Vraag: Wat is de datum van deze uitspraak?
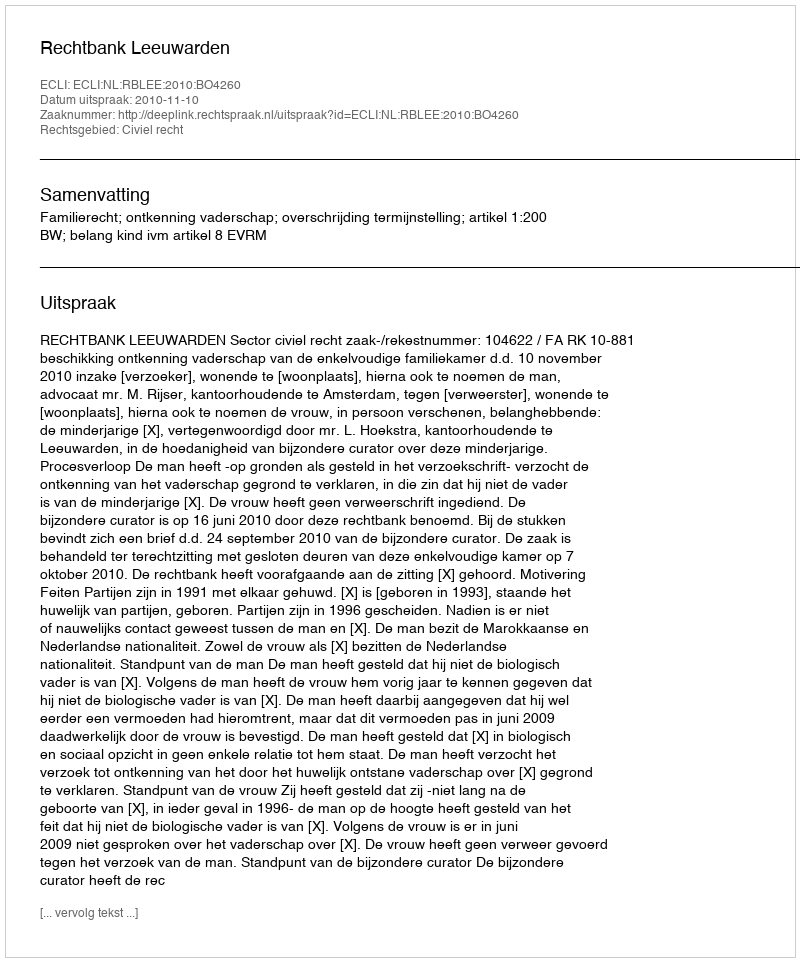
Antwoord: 2010-11-10